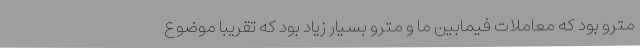
مترو بود که معاملات فیمابین ما و مترو بسیار زیاد بود که تقریبا موضوع